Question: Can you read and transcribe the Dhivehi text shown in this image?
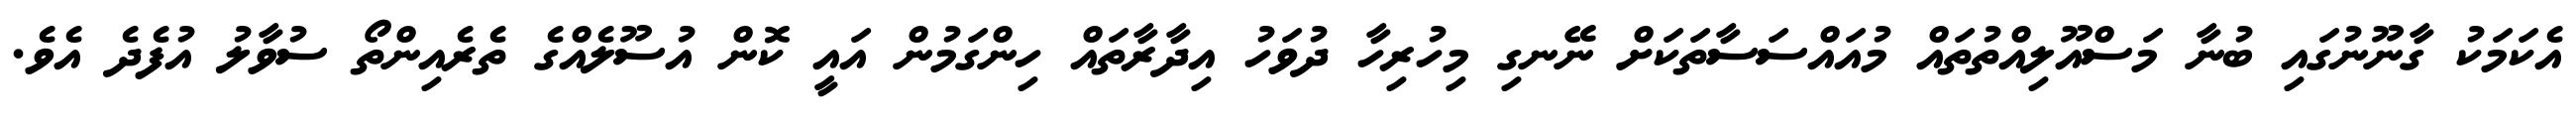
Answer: އެކަމަކު ގާނޫނުގައި ބުނާ މަސްއޫލިއްތުތައް މުއައްސަސާތަކަށް ނޭނގި މިހުރިހާ ދުވަހު އިދާރާތައް ހިންގަމުން އައީ ކޮން އުސޫލެއްގެ ތެރެއިންތޯ ސުވާލު އުފެދެ އެވެ.